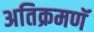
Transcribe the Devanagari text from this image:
अतिक्रमणॅ